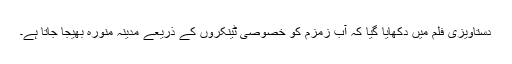
دستاویزی فلم میں دکھایا گیا کہ آب زمزم کو خصوصی ٹینکروں کے ذریعے مدینہ منورہ بھیجا جاتا ہے۔